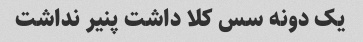
یک دونه سس کلا داشت پنیر نداشت